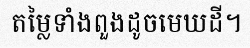
តម្លៃទាំងពួងដូចមេឃដី។